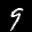
Label: 9